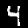
Digit: 4